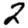
Digit: 2